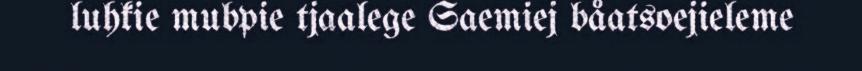
luhkie mubpie tjaalege Saemiej båatsoejieleme